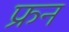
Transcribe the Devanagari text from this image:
फ्रन